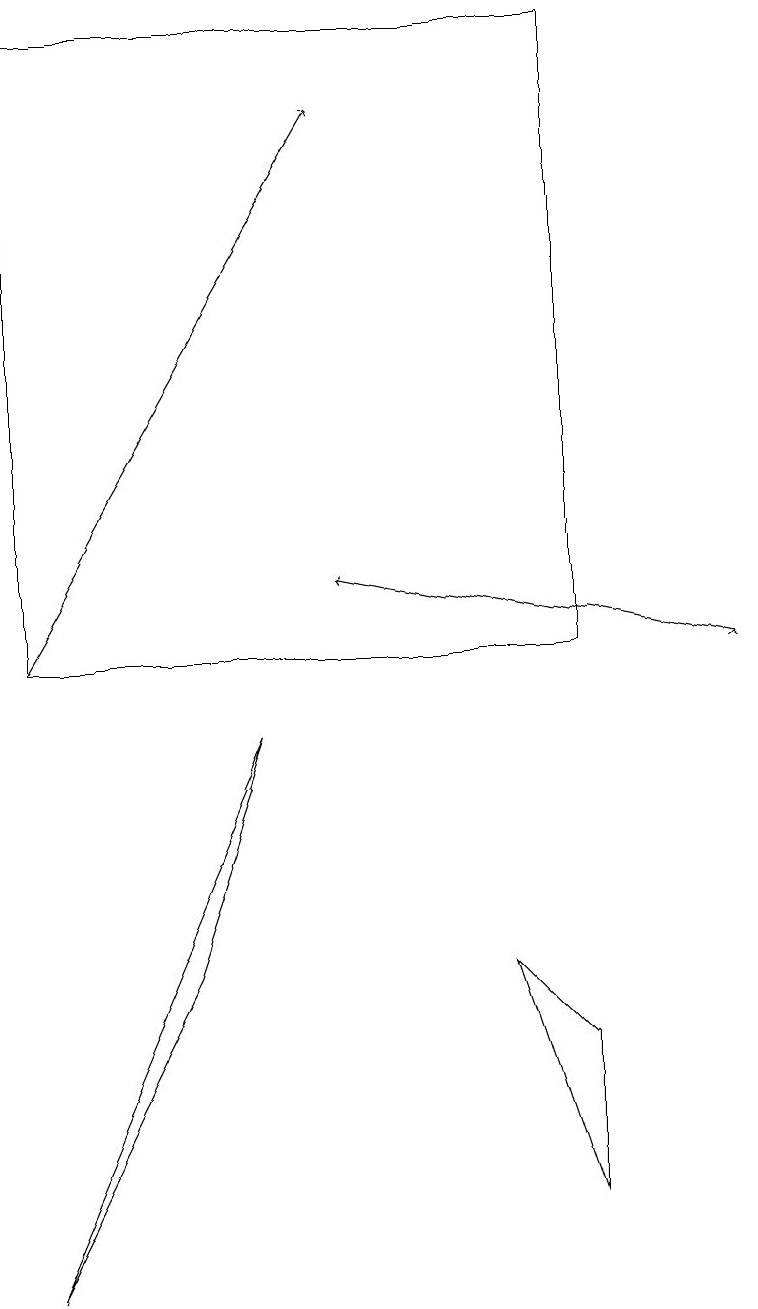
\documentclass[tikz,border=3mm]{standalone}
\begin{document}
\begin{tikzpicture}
\draw[->] (9,10) -- (9,10);
\draw[->] (9,10) -- (4,11);
\draw (3,9) -- (2,6) -- (0,2) -- cycle;
\draw (7,5) -- (7,3) -- (6,6) -- cycle;
\draw (7,10) rectangle (0,18);
\draw[->] (0,10) -- (4,17);
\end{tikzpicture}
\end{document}